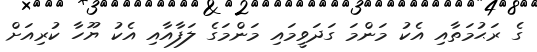
ގެ ރަޙުމަތާއި އެކު މަންމަ ގަދަވީމައި މަންމަގެ ލަފާއާއި އެކު ޔޫހާ ކުރިއަށް